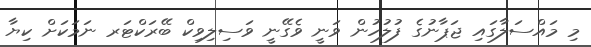
މި މައްސަލާގައި ޖަޕާނުގެ ފުލުހުން ވަނީ ވެގޭނީ ވަސިލިވިކް ބޭރަކްޓަރ ނަމަކަށް ކިޔާ